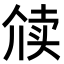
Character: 𬿋